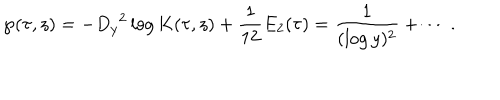
\wp ( \tau , z ) = - { D _ { y } } ^ { 2 } \log K ( \tau , z ) + \frac { 1 } { 1 2 } E _ { 2 } ( \tau ) = \frac { 1 } { ( \log y ) ^ { 2 } } + \cdots \, .